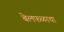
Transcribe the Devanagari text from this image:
बेलफळाचा